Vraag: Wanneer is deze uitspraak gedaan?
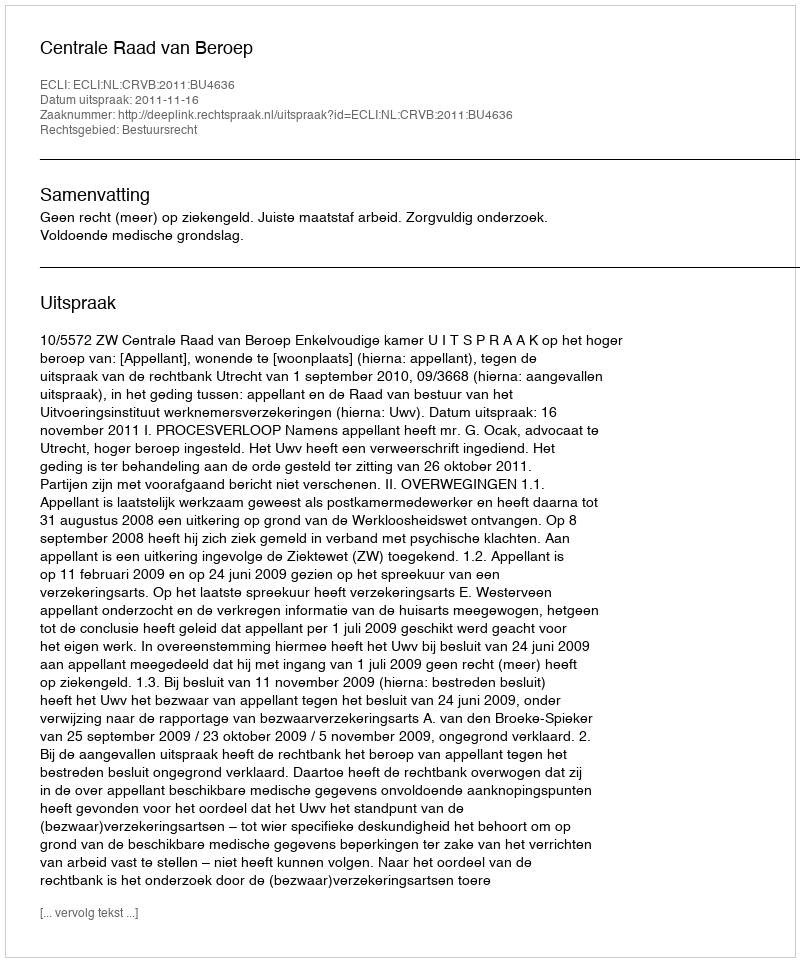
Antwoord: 2011-11-16